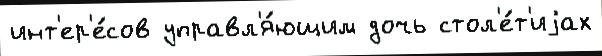
инт'ер'е́сов управл'я́ющим дочь стол'е́т'иjах